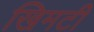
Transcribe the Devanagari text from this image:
खिमटी